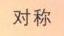
对称